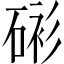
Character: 𥓸